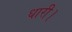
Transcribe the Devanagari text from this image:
धारी।